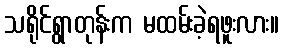
သရိုင်ရွာတုန်းက မထမ်းခဲ့ရဖူးလား။